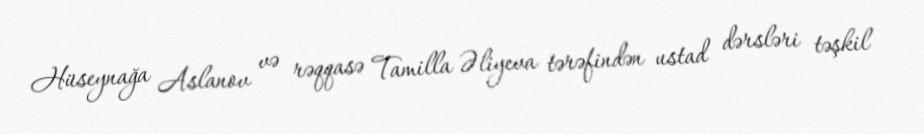
Hüseynağa Aslanov və rəqqasə Tamilla Əliyeva tərəfindən ustad dərsləri təşkil